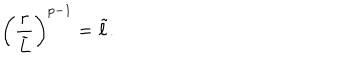
\left( { \frac { r } { \tilde { L } } } \right) ^ { p - 1 } = \tilde { \ell } .